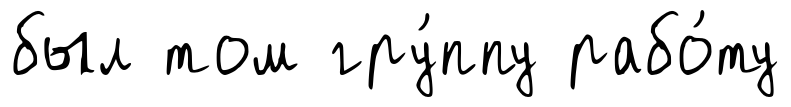
был том гру́ппу рабо́ту